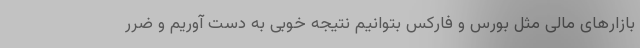
بازارهای مالی مثل بورس و فارکس بتوانیم نتیجه خوبی به دست آوریم و ضرر